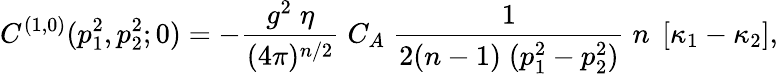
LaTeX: C^{(1,0)}(p_{1}^{2},p_{2}^{2};0)=-\frac{g^{2}\; \eta}{(4\pi)^{n/2}}\; C_{A}\; \frac{1}{2(n-1)\; (p_{1}^{2}-p_{2}^{2})}\; n\; \left[\kappa_{1}-\kappa_{2}\right],